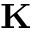
{ \bf K }